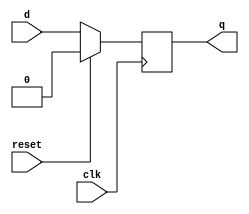
//flipflop
module dflipflop1(d,q,clk,reset);
input d;
input clk,reset;
output reg q;
always@(posedge clk)
begin
if(reset==1'b1)
	q<=1'b0;
else
	q<=d;
end
endmodule
module dflipflop16(d,q,clk,reset);
input [15:0]d;
input clk,reset;
output reg [15:0]q;
always@(posedge clk)
begin
if(reset==1'b1)
	q<=16'b0;
else
	q<=d;
end
endmodule 
//Full adder
module full_adder(a,b,c,sum,carry);
input a,b,c;
output sum,carry;
assign sum=a^b^c;
assign carry = ((a&b)| (b&c)|(c&a));
endmodule  
//Half adder
module half_adder(a,b,sum,carry);
input a,b;
output sum,carry;
assign sum=a^b;
assign carry = (a&b);
endmodule
//Wallace multiplier with pipeline
module wallace(a,b,out,clk,reset);
input [7:0] a,b; 
output [15:0] out; 
input clk,reset;
wire [7:0] p0,p1,p2,p3,p4,p5,p6,p7;
//Partial Products
assign  p0 ={a[0]&b[7],a[0]&b[6],a[0]&b[5],a[0]&b[4],a[0]&b[3],a[0]&b[2],a[0]&b[1],a[0]&b[0]};
assign  p1 ={a[1]&b[7],a[1]&b[6],a[1]&b[5],a[1]&b[4],a[1]&b[3],a[1]&b[2],a[1]&b[1],a[1]&b[0]};
assign  p2 ={a[2]&b[7],a[2]&b[6],a[2]&b[5],a[2]&b[4],a[2]&b[3],a[2]&b[2],a[2]&b[1],a[2]&b[0]};
assign  p3 ={a[3]&b[7],a[3]&b[6],a[3]&b[5],a[3]&b[4],a[3]&b[3],a[3]&b[2],a[3]&b[1],a[3]&b[0]};
assign  p4 ={a[4]&b[7],a[4]&b[6],a[4]&b[5],a[4]&b[4],a[4]&b[3],a[4]&b[2],a[4]&b[1],a[4]&b[0]};
assign  p5 ={a[5]&b[7],a[5]&b[6],a[5]&b[5],a[5]&b[4],a[5]&b[3],a[5]&b[2],a[5]&b[1],a[5]&b[0]};
assign  p6 ={a[6]&b[7],a[6]&b[6],a[6]&b[5],a[6]&b[4],a[6]&b[3],a[6]&b[2],a[6]&b[1],a[6]&b[0]};
assign  p7 ={a[7]&b[7],a[7]&b[6],a[7]&b[5],a[7]&b[4],a[7]&b[3],a[7]&b[2],a[7]&b[1],a[7]&b[0]};
                                        
wire [15:0]pp0,pp1,pp2,pp3,pp4,pp5,pp6,pp7;
assign pp0 = {8'b0,p0};
assign pp1 = {7'b0,p1,1'b0};
assign pp2 = {6'b0,p2,2'b0};
assign pp3 = {5'b0,p3,3'b0};
assign pp4 = {4'b0,p4,4'b0};
assign pp5 = {3'b0,p5,5'b0};
assign pp6 = {2'b0,p6,6'b0};
assign pp7 = {1'b0,p7,7'b0}; 
wire [15:0]qpp0,qpp1,qpp2,qpp3,qpp4,qpp5,qpp6,qpp7;
dflipflop16 mod0001(pp0,qpp0,clk,reset); 
dflipflop16 mod0002(pp1,qpp1,clk,reset);
dflipflop16 mod0003(pp2,qpp2,clk,reset);
dflipflop16 mod0004(pp3,qpp3,clk,reset);
dflipflop16 mod0005(pp4,qpp4,clk,reset);
dflipflop16 mod0006(pp5,qpp5,clk,reset);
dflipflop16 mod0007(pp6,qpp6,clk,reset);
dflipflop16 mod0008(pp7,qpp7,clk,reset); 
//---------------------------Level 1-------------------------------------
//--------------------First Carry Save Adder-----------------------------
//qpp0[0]                                            
half_adder mod01(qpp0[1],qpp1[1],s0,c0);              
full_adder mod02(qpp0[2],qpp1[2],qpp2[2],s1,c1);       
full_adder mod03(qpp0[3],qpp1[3],qpp2[3],s2,c2);       
full_adder mod04(qpp0[4],qpp1[4],qpp2[4],s3,c3);       
full_adder mod05(qpp0[5],qpp1[5],qpp2[5],s4,c4);       
full_adder mod06(qpp0[6],qpp1[6],qpp2[6],s5,c5);       
full_adder mod07(qpp0[7],qpp1[7],qpp2[7],s6,c6);       
half_adder mod08(qpp1[8],qpp2[8],s7,c7);              
//qpp2[9] 
//-------------------Second Carry Save Adder------------------------------
//qpp3[3]
half_adder mod10(qpp3[4],qpp4[4],s00,c00);
full_adder mod11(qpp3[5],qpp4[5],qpp5[5],s11,c11);
full_adder mod12(qpp3[6],qpp4[6],qpp5[6],s22,c22);
full_adder mod13(qpp3[7],qpp4[7],qpp5[7],s33,c33);
full_adder mod14(qpp3[8],qpp4[8],qpp5[8],s44,c44);
full_adder mod15(qpp3[9],qpp4[9],qpp5[9],s55,c55);
full_adder mod16(qpp3[10],qpp4[10],qpp5[10],s66,c66);
half_adder mod17(qpp4[11],qpp5[11],s77,c77);
//qpp5[12]
dflipflop1 mod127(s0,qs0,clk,reset);
dflipflop1 mod001(s1,qs1,clk,reset);
dflipflop1 mod002(s2,qs2,clk,reset);
dflipflop1 mod003(s3,qs3,clk,reset);
dflipflop1 mod004(s4,qs4,clk,reset);
dflipflop1 mod005(s5,qs5,clk,reset);
dflipflop1 mod006(s6,qs6,clk,reset);
dflipflop1 mod007(s7,qs7,clk,reset);
dflipflop1 mod008(s00,qs00,clk,reset);
dflipflop1 mod009(s11,qs11,clk,reset);
dflipflop1 mod010(s22,qs22,clk,reset);
dflipflop1 mod011(s33,qs33,clk,reset);
dflipflop1 mod012(s44,qs44,clk,reset);
dflipflop1 mod013(s55,qs55,clk,reset);
dflipflop1 mod014(s66,qs66,clk,reset);
dflipflop1 mod015(s77,qs77,clk,reset);

dflipflop1 mod128(c0,qc0,clk,reset);
dflipflop1 mod016(c1,qc1,clk,reset);    
dflipflop1 mod017(c2,qc2,clk,reset);    
dflipflop1 mod018(c3,qc3,clk,reset);    
dflipflop1 mod019(c4,qc4,clk,reset);    
dflipflop1 mod020(c5,qc5,clk,reset);    
dflipflop1 mod021(c6,qc6,clk,reset);    
dflipflop1 mod022(c7,qc7,clk,reset);    
dflipflop1 mod023(c00,qc00,clk,reset);  
dflipflop1 mod024(c11,qc11,clk,reset);  
dflipflop1 mod025(c22,qc22,clk,reset);  
dflipflop1 mod026(c33,qc33,clk,reset);  
dflipflop1 mod027(c44,qc44,clk,reset);  
dflipflop1 mod028(c55,qc55,clk,reset);  
dflipflop1 mod029(c66,qc66,clk,reset);  
dflipflop1 mod030(c77,qc77,clk,reset); 

dflipflop1 mod129(qpp0[0],qppp0,clk,reset); 
                                       
//----------------------------Level 2-------------------------------------
//---------------------Third Carry Save Adder-----------------------------   
//qppp0
//qs0
half_adder mod18(qs1,qc0,s111,c111);
full_adder mod19(qs2,qc1,qpp3[3],s222,c222);
full_adder mod20(qs3,qc2,qs00,s333,c333);
full_adder mod21(qs4,qc3,qs11,s444,c444);
full_adder mod22(qs5,qc4,qs22,s555,c555);
full_adder mod23(qs6,qc5,qs33,s666,c666);
full_adder mod24(qs7,qc6,qs44,s777,c777);
full_adder mod25(qpp2[9],qc7,qs55,s888,c888);
//qs66
//qs77  
//qpp5[12]
//--------------------Fourth Carry Save Adder-------------------------------
//qpp6[6]
half_adder mod26(qpp6[6],qc11,s1111,c1111);
full_adder mod27(qpp6[7],qpp7[7],qc22,s2222,c2222);
full_adder mod28(qpp6[8],qpp7[8],qc33,s3333,c3333);
full_adder mod29(qpp6[9],qpp7[9],qc44,s4444,c4444);
full_adder mod30(qpp6[10],qpp7[10],qc55,s5555,c5555);
full_adder mod31(qpp6[11],qpp7[11],qc66,s6666,c6666);
full_adder mod32(qpp6[12],qpp7[12],qc77,s7777,c7777);
half_adder mod33(qpp6[13],qpp7[13],s8888,c8888);
//qpp7[14]
dflipflop1 mod031(s111,qs111,clk,reset);    
dflipflop1 mod032(s222,qs222,clk,reset);    
dflipflop1 mod033(s333,qs333,clk,reset);    
dflipflop1 mod034(s444,qs444,clk,reset);    
dflipflop1 mod035(s555,qs555,clk,reset);    
dflipflop1 mod036(s666,qs666,clk,reset);    
dflipflop1 mod037(s777,qs777,clk,reset);    
dflipflop1 mod038(s888,qs888,clk,reset);  
dflipflop1 mod039(s1111,qs1111,clk,reset);  
dflipflop1 mod040(s2222,qs2222,clk,reset);  
dflipflop1 mod041(s3333,qs3333,clk,reset);  
dflipflop1 mod042(s4444,qs4444,clk,reset);  
dflipflop1 mod043(s5555,qs5555,clk,reset);  
dflipflop1 mod044(s6666,qs6666,clk,reset);  
dflipflop1 mod045(s7777,qs7777,clk,reset); 
dflipflop1 mod046(s8888,qs8888,clk,reset); 
                                     
dflipflop1 mod047(c111,qc111,clk,reset);    
dflipflop1 mod048(c222,qc222,clk,reset);    
dflipflop1 mod049(c333,qc333,clk,reset);    
dflipflop1 mod050(c444,qc444,clk,reset);    
dflipflop1 mod051(c555,qc555,clk,reset);    
dflipflop1 mod052(c666,qc666,clk,reset);    
dflipflop1 mod053(c777,qc777,clk,reset);    
dflipflop1 mod054(c888,qc888,clk,reset);  
dflipflop1 mod055(c1111,qc1111,clk,reset);  
dflipflop1 mod056(c2222,qc2222,clk,reset);  
dflipflop1 mod057(c3333,qc3333,clk,reset);  
dflipflop1 mod058(c4444,qc4444,clk,reset);  
dflipflop1 mod059(c5555,qc5555,clk,reset);  
dflipflop1 mod060(c6666,qc6666,clk,reset);  
dflipflop1 mod061(c7777,qc7777,clk,reset); 
dflipflop1 mod062(c8888,qc8888,clk,reset);

dflipflop1 mod130(qppp0,qpppp0,clk,reset);
dflipflop1 mod131(qs0,qqs0,clk,reset);  
                                       
//------------------------------Level 3-------------------------------------
//----------------------Fifth Carry Save Adder------------------------------
//qpppp0
//qqs0
//qs111
half_adder mod34(qs222,qc111,s11111,c11111);
half_adder mod35(qs333,qc222,s22222,c22222);
half_adder mod36(qs444,qc333,s33333,c33333);
full_adder mod37(qs555,qc444,qs1111,s44444,c44444);
full_adder mod38(qs666,qc555,qs2222,s55555,c55555);
full_adder mod39(qs777,qc666,qs3333,s66666,c66666);
full_adder mod40(qs888,qc777,qs4444,s77777,c77777);
full_adder mod41(qs66,qc888,qs5555,s88888,c88888);
half_adder mod42(qs77,qs6666,s99999,c99999);
half_adder mod43(qpp5[12],qs7777,ss11111,cc11111);
//qs8888
//qpp7[14] 
dflipflop1 mod063(s11111,qs11111,clk,reset);    
dflipflop1 mod064(s22222,qs22222,clk,reset);    
dflipflop1 mod065(s33333,qs33333,clk,reset);    
dflipflop1 mod066(s44444,qs44444,clk,reset);    
dflipflop1 mod067(s55555,qs55555,clk,reset);    
dflipflop1 mod068(s66666,qs66666,clk,reset);    
dflipflop1 mod069(s77777,qs77777,clk,reset);    
dflipflop1 mod070(s88888,qs88888,clk,reset);  
dflipflop1 mod071(s99999,qs99999,clk,reset);  
dflipflop1 mod072(ss11111,qss11111,clk,reset); 

dflipflop1 mod073(c11111,qc11111,clk,reset);    
dflipflop1 mod074(c22222,qc22222,clk,reset);    
dflipflop1 mod075(c33333,qc33333,clk,reset);    
dflipflop1 mod076(c44444,qc44444,clk,reset);    
dflipflop1 mod077(c55555,qc55555,clk,reset);    
dflipflop1 mod078(c66666,qc66666,clk,reset);    
dflipflop1 mod079(c77777,qc77777,clk,reset);    
dflipflop1 mod080(c88888,qc88888,clk,reset);  
dflipflop1 mod081(c99999,qc99999,clk,reset);  
dflipflop1 mod082(cc11111,qcc11111,clk,reset);      

dflipflop1 mod132(qpppp0,qppppp0,clk,reset);
dflipflop1 mod133(qqs0,qqqs0,clk,reset);
dflipflop1 mod134(qs111,qqs111,clk,reset);
//------------------------------Level 4-------------------------------------
//-----------------------Sixth Carry Save Adder-----------------------------
//qppppp0
//qqqs0
//qqs111
//qs11111
half_adder mod44(qs22222,qc11111,s111111,c111111);
half_adder mod45(qs33333,qc22222,s222222,c222222);
half_adder mod46(qs44444,qc33333,s333333,c333333);
full_adder mod47(qs55555,qc44444,qc1111,s444444,c444444);
full_adder mod48(qs66666,qc55555,qc2222,s555555,c555555);
full_adder mod49(qs77777,qc66666,qc3333,s666666,c666666);
full_adder mod50(qs88888,qc77777,qc4444,s777777,c777777);
full_adder mod51(qs99999,qc88888,qc5555,s888888,c888888);
full_adder mod52(qss11111,qc99999,qc6666,s999999,c999999);
full_adder mod53(qs8888,qcc11111,qc7777,ss111111,cc111111);
half_adder mod54(qpp7[14],qc8888,ss222222,cc222222);

dflipflop1 mod083(s111111,qs111111,clk,reset);   
dflipflop1 mod084(s222222,qs222222,clk,reset);   
dflipflop1 mod085(s333333,qs333333,clk,reset);   
dflipflop1 mod086(s444444,qs444444,clk,reset);   
dflipflop1 mod087(s555555,qs555555,clk,reset);   
dflipflop1 mod088(s666666,qs666666,clk,reset);   
dflipflop1 mod089(s777777,qs777777,clk,reset);   
dflipflop1 mod090(s888888,qs888888,clk,reset);   
dflipflop1 mod091(s999999,qs999999,clk,reset);   
dflipflop1 mod092(ss111111,qss111111,clk,reset); 
dflipflop1 mod093(ss222222,qss222222,clk,reset);    
              
dflipflop1 mod094(c111111,qc111111,clk,reset);   
dflipflop1 mod095(c222222,qc222222,clk,reset);   
dflipflop1 mod096(c333333,qc333333,clk,reset);   
dflipflop1 mod097(c444444,qc444444,clk,reset);   
dflipflop1 mod098(c555555,qc555555,clk,reset);   
dflipflop1 mod099(c666666,qc666666,clk,reset);   
dflipflop1 mod100(c777777,qc777777,clk,reset);   
dflipflop1 mod101(c888888,qc888888,clk,reset);   
dflipflop1 mod102(c999999,qc999999,clk,reset);   
dflipflop1 mod103(cc111111,qcc111111,clk,reset); 
dflipflop1 mod104(cc222222,qcc222222,clk,reset);
 
dflipflop1 mod135(qppppp0,qpppppp0,clk,reset);
dflipflop1 mod136(qs11111,qqs11111,clk,reset);
dflipflop1 mod137(qqqs0,qqqqs0,clk,reset); 
dflipflop1 mod138(qqs111,qqqs111,clk,reset);                                             


//----------------------------Level 5---------------------------------------
//---------------------Carry Lookahead Adder--------------------------------
//qpppppp0
//qqqqs0
//qqqs111
//qqs11111
//qs111111
half_adder mod55(qs222222,qc111111,ss0,cc0);
full_adder mod56(qs333333,qc222222,cc0,ss1,cc1);
full_adder mod57(qs444444,qc333333,cc1,ss2,cc2);
full_adder mod58(qs555555,qc444444,cc2,ss3,cc3);
full_adder mod59(qs666666,qc555555,cc3,ss4,cc4);
full_adder mod60(qs777777,qc666666,cc4,ss5,cc5);
full_adder mod61(qs888888,qc777777,cc5,ss6,cc6);
full_adder mod62(qs999999,qc888888,cc6,ss7,cc7);
full_adder mod63(qss111111,qc999999,cc7,ss8,cc8);
full_adder mod64(qss222222,qcc111111,cc8,ss9,cc9);
half_adder mod65(cc9,qcc222222,ss10,cc10);    

assign out = {ss10,ss9,ss8,ss7,ss6,ss5,ss4,ss3,ss2,ss1,ss0,qs111111,qqs11111,qqqs111,qqqqs0,qpppppp0};
endmodule